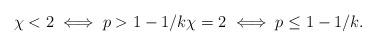
LaTeX: \begin{align*} \chi<2 \iff p>1-1/k \chi = 2 \iff p \leq 1 - 1/k.\end{align*}